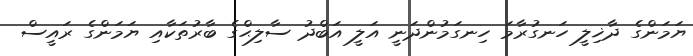
ޔަމަންގެ ދާޚިލީ ހަނގުރާމަ ހިނގަމުންދަނީ އަލީ އަބްދު ސާލިޙްގެ ބާރުތަކާއި ޔަމަންގެ ރައީސް